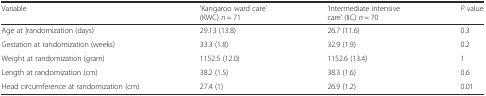
| Variable | ‘Kangaroo ward care’ (KWC) n = 71 | ‘Intermediate intensive care’ (IIC) n = 70 | P value |
 | --- | --- | --- | --- |
 | Age at |randomization (days) | 29.13 (13.8) | 26.7 (11.6) | 0.3 |
 | Gestation at randomization (weeks) | 33.3 (1.8) | 32.9 (1.9) | 0.2 |
 | Weight at randomization (gram) | 1152.5 (12.0) | 1152.6 (13.4) | 1 |
 | Length at randomization (cm) | 38.2 (1.5) | 38.3 (1.6) | 0.6 |
 | Head circumference at randomization (cm) | 27.4 (1) | 26.9 (1.2) | 0.01 |